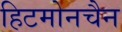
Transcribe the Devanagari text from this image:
हिटमोनचैन